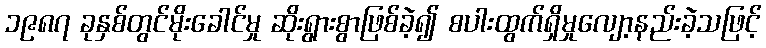
၁၉၈၇ ခုနှစ်တွင်မိုးခေါင်မှု ဆိုးရွားစွာဖြစ်ခဲ့၍ စပါးထွက်ရှိမှုလျော့နည်းခဲ့သဖြင့်